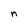
Character: n